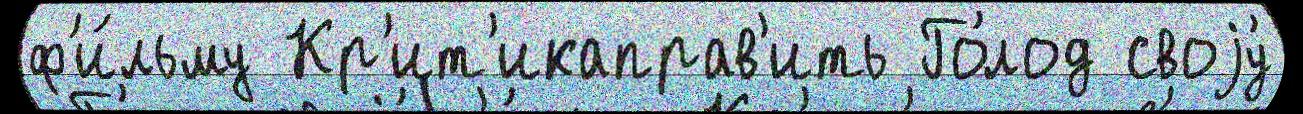
ф'и́льму Кр'ит'икаправ'ить Го́лод своjу́